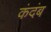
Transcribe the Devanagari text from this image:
कंदंब